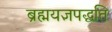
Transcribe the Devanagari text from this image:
ब्रह्मयज्ञपद्धति